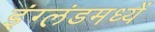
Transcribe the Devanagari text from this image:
इंग्लंडमध्यें